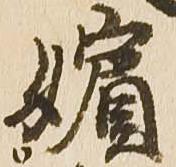
嬪